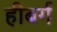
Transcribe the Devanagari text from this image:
हीबर्ग